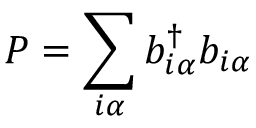
P = \sum _ { i \alpha } b _ { i \alpha } ^ { \dagger } b _ { i \alpha }